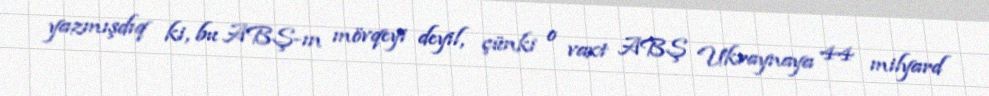
yazmışdıq ki, bu ABŞ-ın mövqeyi deyil, çünki o vaxt ABŞ Ukraynaya 44 milyard